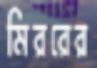
মিররের